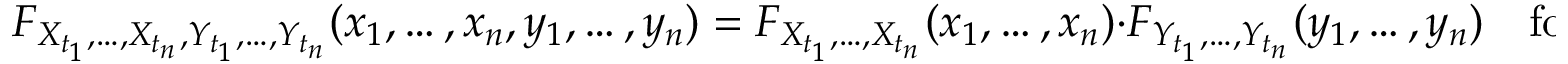
F _ { X _ { t _ { 1 } } , \ldots , X _ { t _ { n } } , Y _ { t _ { 1 } } , \ldots , Y _ { t _ { n } } } ( x _ { 1 } , \ldots , x _ { n } , y _ { 1 } , \ldots , y _ { n } ) = F _ { X _ { t _ { 1 } } , \ldots , X _ { t _ { n } } } ( x _ { 1 } , \ldots , x _ { n } ) \cdot F _ { Y _ { t _ { 1 } } , \ldots , Y _ { t _ { n } } } ( y _ { 1 } , \ldots , y _ { n } ) \quad { \mathrm { f o r ~ a l l ~ } } x _ { 1 } , \ldots , x _ { n }